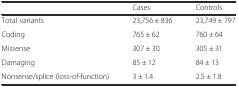
<table><thead><tr><td></td><td><b>Cases</b></td><td><b>Controls</b></td></tr></thead><tbody><tr><td>Total variants</td><td>23,756 ± 836</td><td>23,749 ± 797</td></tr><tr><td>Coding</td><td>765 ± 62</td><td>760 ± 64</td></tr><tr><td>Missense</td><td>307 ± 30</td><td>305 ± 31</td></tr><tr><td>Damaging</td><td>85 ± 12</td><td>84 ± 13</td></tr><tr><td>Nonsense/splice (loss-of-function)</td><td>3 ± 1.4</td><td>2.5 ± 1.8</td></tr></tbody></table>